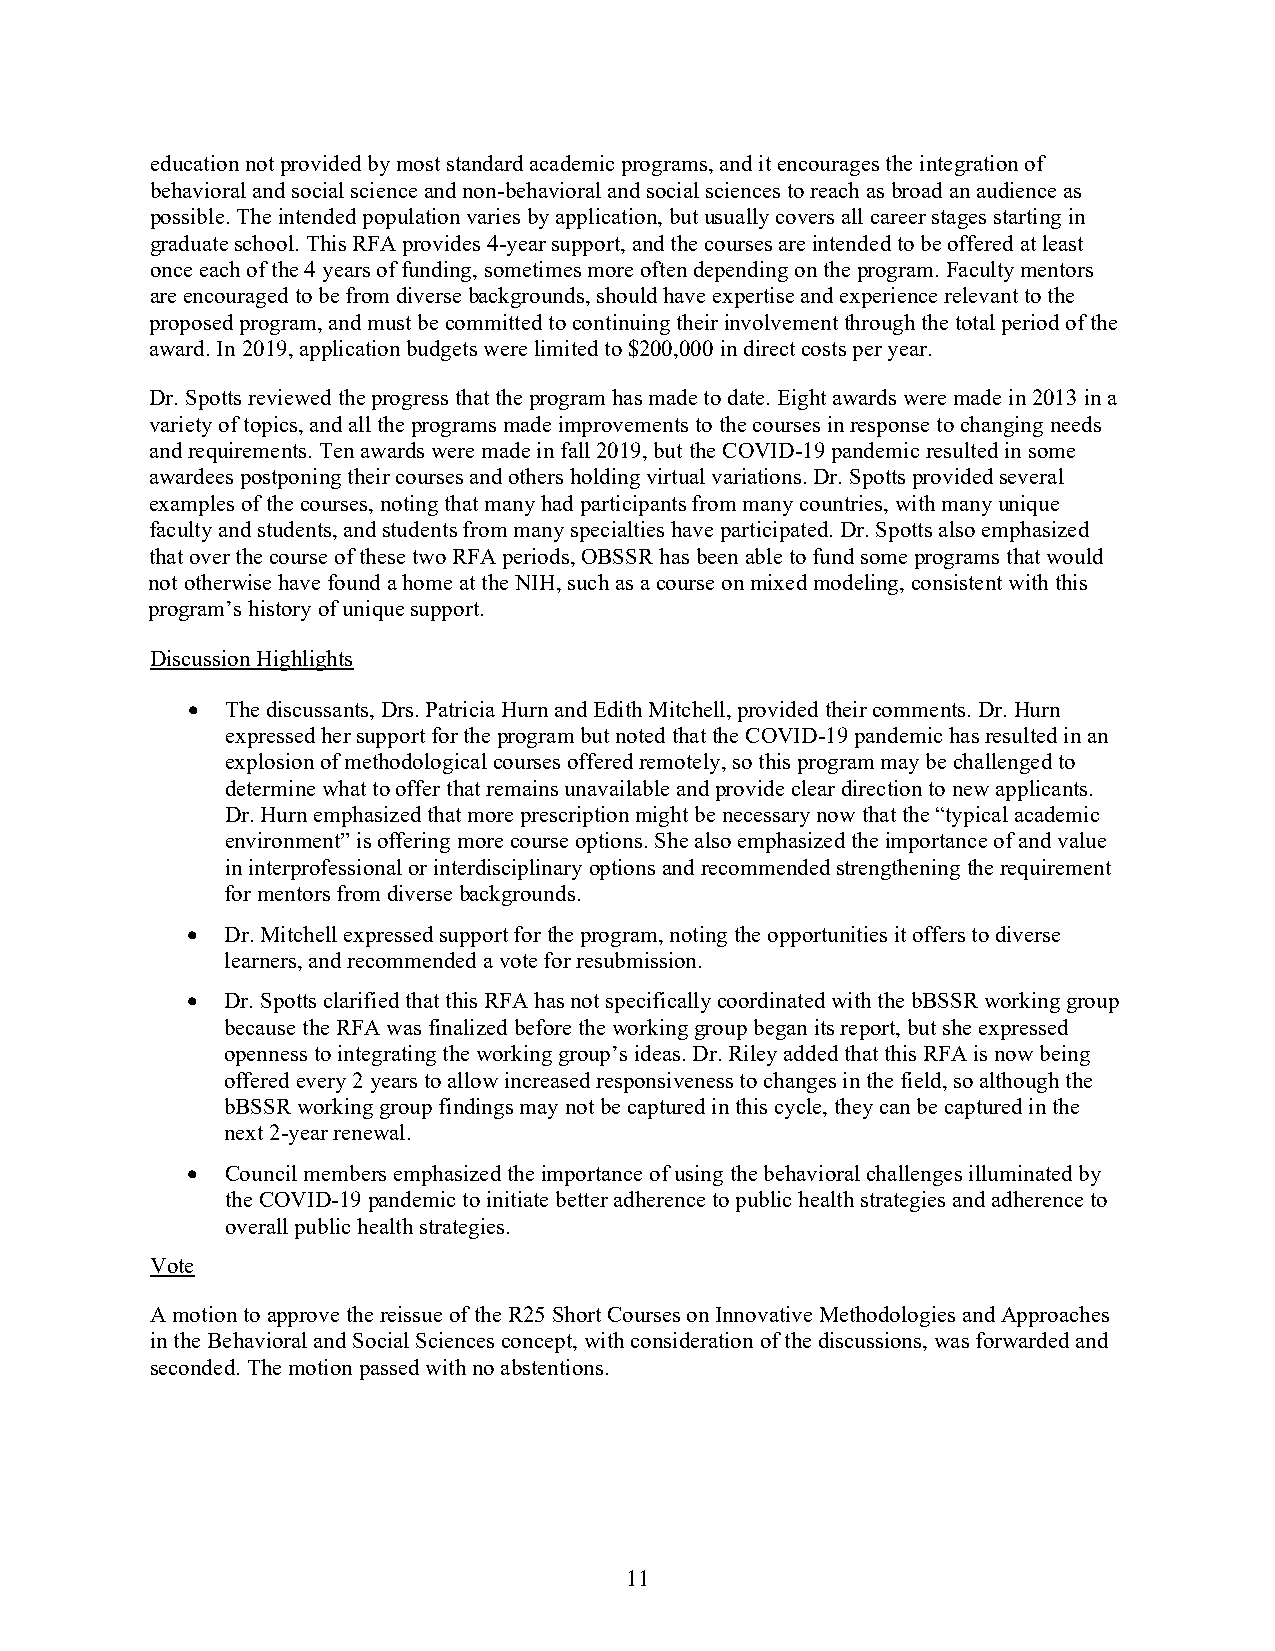
education not provided by most standard academic programs, and it encourages the integration of
 behavioral and social science and non-behavioral and social sciences to reach as broad an audience as
 possible. The intended population varies by application, but usually covers all career stages starting in
 graduate school. This RFA provides 4-year support, and the courses are intended to be offered at least
 once each of the 4 years of funding, sometimes more often depending on the program. Faculty mentors
 are encouraged to be from diverse backgrounds, should have expertise and experience relevant to the
 proposed program, and must be committed to continuing their involvement through the total period of the
 award. In 2019, application budgets were limited to $200,000 in direct costs per year.
 Dr. Spotts reviewed the progress that the program has made to date. Eight awards were made in 2013 in a
 variety of topics, and all the programs made improvements to the courses in response to changing needs
 and requirements. Ten awards were made in fall 2019, but the COVID-19 pandemic resulted in some
 awardees postponing their courses and others holding virtual variations. Dr. Spotts provided several
 examples of the courses, noting that many had participants from many countries, with many unique
 faculty and students, and students from many specialties have participated. Dr. Spotts also emphasized
 that over the course of these two RFA periods, OBSSR has been able to fund some programs that would
 not otherwise have found a home at the NIH, such as a course on mixed modeling, consistent with this
 program’s history of unique support.
 Discussion Highlights
 •  The discussants, Drs. Patricia Hurn and Edith Mitchell, provided their comments. Dr. Hurn
 expressed her support for the program but noted that the COVID-19 pandemic has resulted in an
 explosion of methodological courses offered remotely, so this program may be challenged to
 determine what to offer that remains unavailable and provide clear direction to new applicants.
 Dr. Hurn emphasized that more prescription might be necessary now that the “typical academic
 environment” is offering more course options. She also emphasized the importance of and value
 in interprofessional or interdisciplinary options and recommended strengthening the requirement
 for mentors from diverse backgrounds.
 •  Dr. Mitchell expressed support for the program, noting the opportunities it offers to diverse
 learners, and recommended a vote for resubmission.
 •  Dr. Spotts clarified that this RFA has not specifically coordinated with the bBSSR working group
 because the RFA was finalized before the working group began its report, but she expressed
 openness to integrating the working group’s ideas. Dr. Riley added that this RFA is now being
 offered every 2 years to allow increased responsiveness to changes in the field, so although the
 bBSSR working group findings may not be captured in this cycle, they can be captured in the
 next 2-year renewal.
 •  Council members emphasized the importance of using the behavioral challenges illuminated by
 the COVID-19 pandemic to initiate better adherence to public health strategies and adherence to
 overall public health strategies.
 Vote
 A motion to approve the reissue of the R25 Short Courses on Innovative Methodologies and Approaches
 in the Behavioral and Social Sciences concept, with consideration of the discussions, was forwarded and
 seconded. The motion passed with no abstentions.
 11